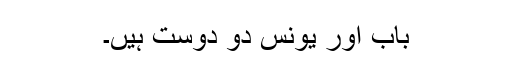
باب اور یونس دو دوست ہیں۔